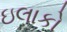
ઇલાકો